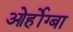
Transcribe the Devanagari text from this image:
ओर्होग्बा